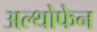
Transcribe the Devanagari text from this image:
अल्थोफेन